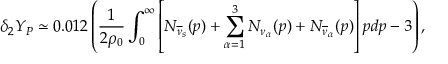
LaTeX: \delta _ { 2 } Y _ { P } \simeq 0 . 0 1 2 \left( { \frac { 1 } { 2 \rho _ { 0 } } } \int _ { 0 } ^ { \infty } \left[ N _ { \overline { { \nu } } _ { s } } ( p ) + \sum _ { \alpha = 1 } ^ { 3 } N _ { \nu _ { \alpha } } ( p ) + N _ { \overline { { \nu } } _ { \alpha } } ( p ) \right] p d p - 3 \right) ,